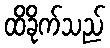
ထိခိုက်သည်